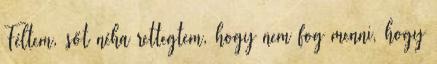
Féltem, sőt néha rettegtem, hogy nem fog menni, hogy